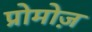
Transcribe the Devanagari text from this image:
प्रोमोज़